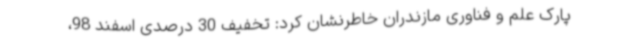
پارک علم و فناوری مازندران خاطرنشان کرد: تخفیف 30 درصدی اسفند 98،